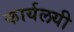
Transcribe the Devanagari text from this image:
कार्यलयी